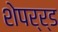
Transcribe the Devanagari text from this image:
शेपर्र्ड